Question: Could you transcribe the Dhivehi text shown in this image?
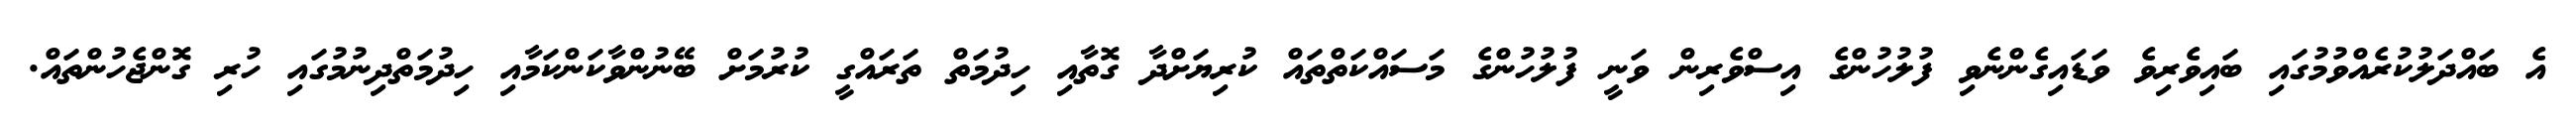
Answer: އެ ބައްދަލުކުރެއްވުމުގައި ބައިވެރިވެ ވަޑައިގެންނެވި ފުލުހުންގެ އިސްވެރިން ވަނީ ފުލުހުންގެ މަސައްކަތްތައް ކުރިޔަށްދާ ގޮތާއި ހިދުމަތް ތަރައްގީ ކުރުމަށް ބޭނުންވާކަންކަމާއި ހިދުމަތްދިނުމުގައި ހުރި ގޮންޖެހުންތައް.